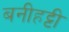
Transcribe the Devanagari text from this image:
बनीहट्टी